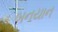
બનયાન